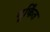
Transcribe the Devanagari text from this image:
मूर्किंत